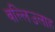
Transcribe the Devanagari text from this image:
वल्लिउलाह